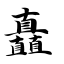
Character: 矗